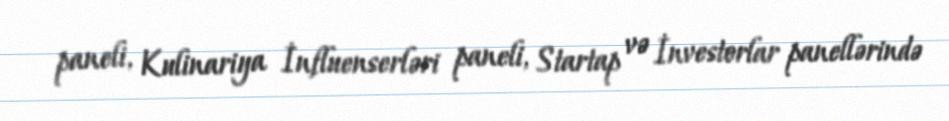
paneli, Kulinariya İnfluenserləri paneli, Startap və İnvestorlar panellərində